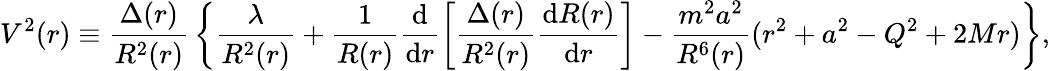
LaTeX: V^{2}(r)\equiv{\frac{\Delta(r)}{R^{2}(r)}}\left\{ \frac{\lambda}{R^{2}(r)}+\frac{1}{R(r)}\frac{\mathrm{d}}{\mathrm{d}r}\left[\frac{\Delta(r)}{R^{2}(r)}\frac{\mathrm{d}R(r)}{\mathrm{d}r}\right]-{\frac{m^{2}a^{2}}{R^{6}(r)}}(r^{2}+a^{2}-Q^{2}+2Mr)\right\} ,